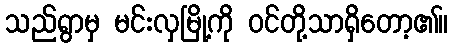
သည်ရွာမှ မင်းလှမြို့ကို ဝင်တို့သာရှိတော့၏။